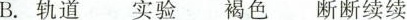
B.轨道 实验 褐色 断断续续